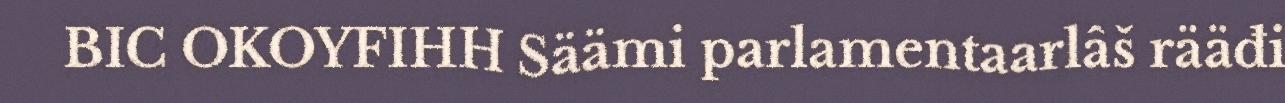
BIC OKOYFIHH Säämi parlamentaarlâš rääđi